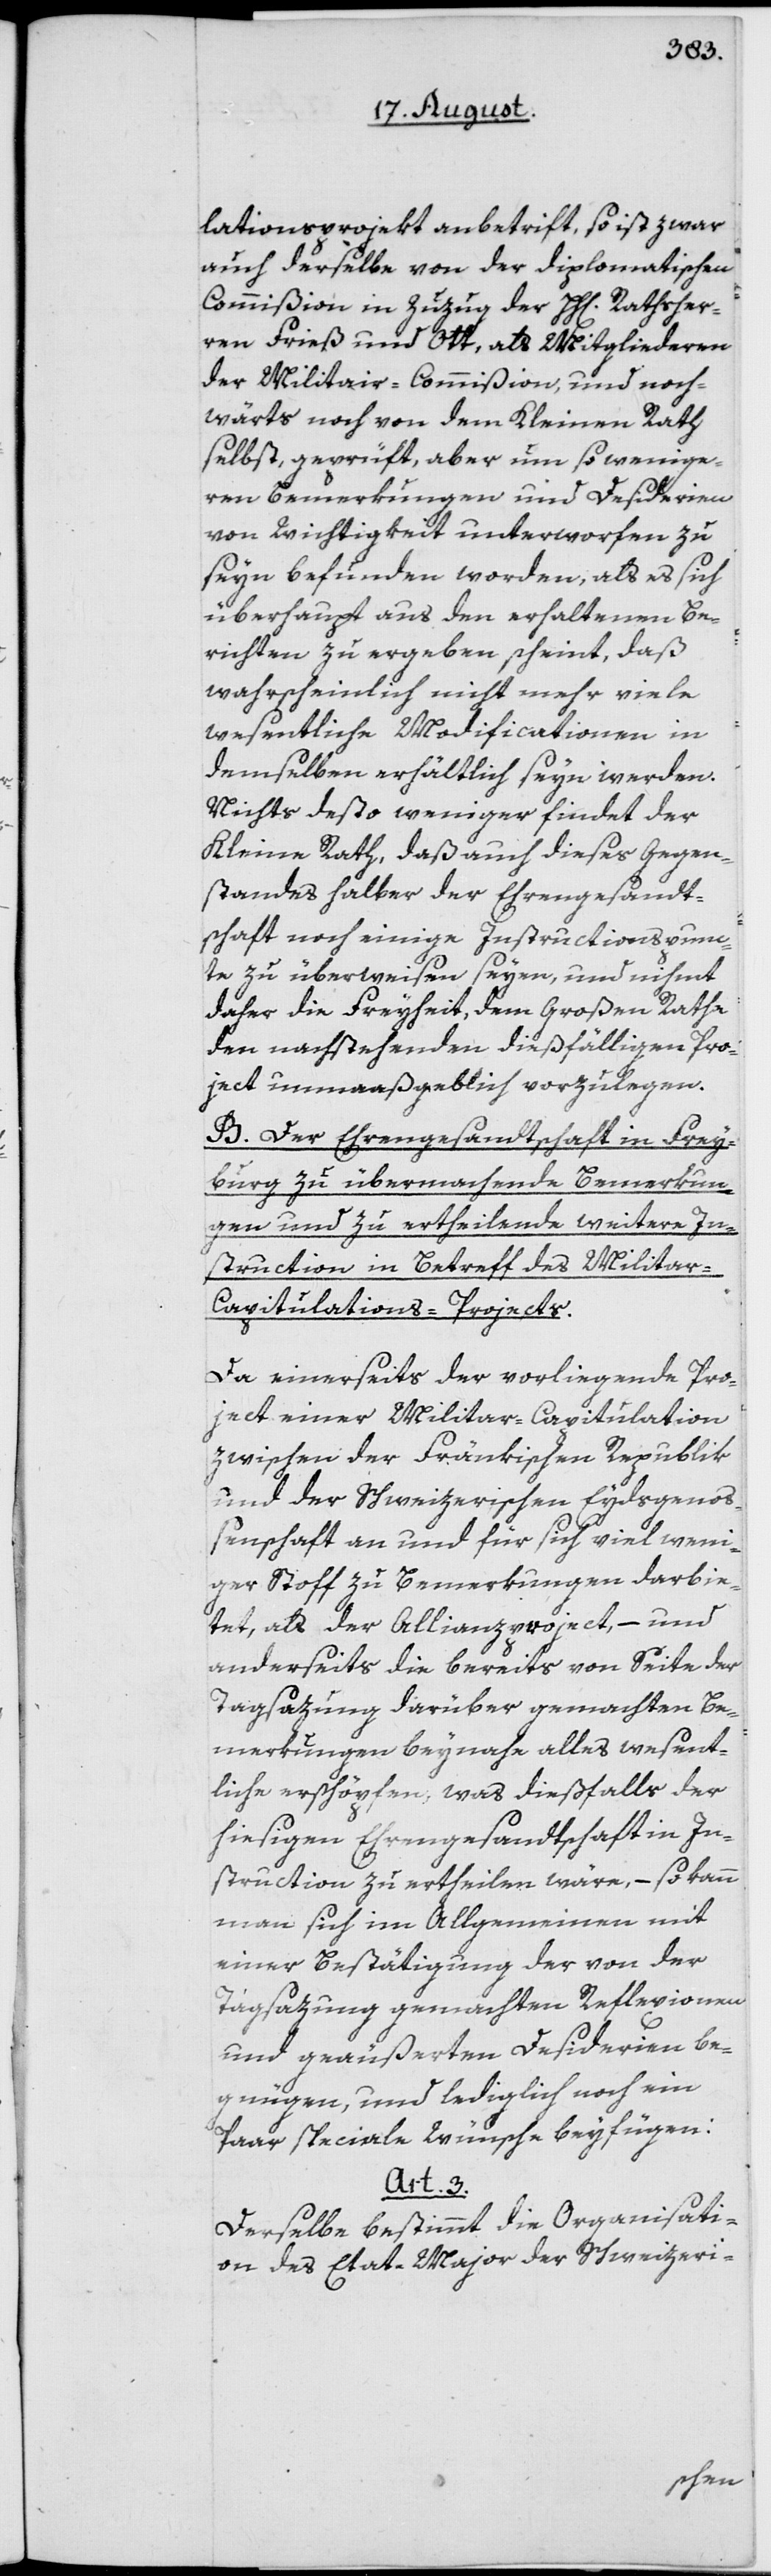
lationsprojekt anbetrift, so ist zwar
auch derselbe von der diplomatischen
Commißion in Zuzug der HH[erren] Rathsher¬
ren Frieß und Ott, als Mitgliederen
der Militair-Commißion, und noch¬
wärts noch von dem Kleinen Rath
selbst, geprüft, aber um so wenige¬
ren Bemerkungen und Desiderien
von Wichtigkeit unterworfen zu
seyn befunden worden, als es sich
überhaupt aus den erhaltenen Be¬
richten zu ergeben scheint, daß
wahrscheinlich nicht mehr viele
wesentliche Modificationen in
demselben erhältlich seyn werden.
Nichts desto weniger findet der
Kleine Rath, daß auch dieses Gegen¬
standes halber der Ehrengesandt¬
schaft noch einige Instructionspunc¬
te zu überweisen seyen, und nihmt
daher die Freyheit, dem Großen Rathe
den nachstehenden dießfälligen Pro¬
ject unmaaßgeblich vorzulegen.
B. Der Ehrengesandtschaft in Frey¬
burg zu übermachende Bemerkun¬
gen und zu ertheilende weitere In¬
struction in Betreff des Militar-C¬
apitulations-Projects.
Da einerseits der vorliegende Pro¬
ject einer Militär-Capitulation
zwischen der Fränkischen Republik
und der Schweizerischen Eydsgenoß¬
enschaft an und für sich viel weni¬
ger Stoff zu Bemerkungen darbie¬
tet, als der Allianzproject, – und
anderseits die bereits von Seite der
Tagsazung darüber gemachten Be¬
merkungen beynahe alles wesent¬
liche erschöpfen, was dießfalls der
hiesigen Ehrengesandtschaft in In¬
struction zu ertheilen wäre, – so kann
man sich im Allgemeinen mit
einer Bestätigung der von der
Tagsazung gemachten Reflexionen
und geäußerten Desiderien be¬
gnügen, und lediglich noch ein
Paar speciale Wünsche beyfügen:
Art. 3.
Derselbe bestimmt die Organisati¬
on des Etat-Major der Schweizeri-